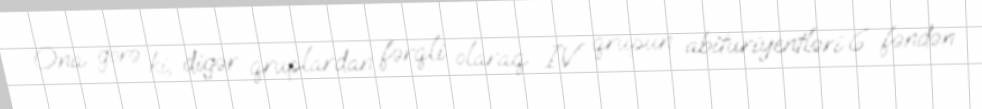
Ona görə ki, digər qruplardan fərqli olaraq IV qrupun abituriyentləri 6 fəndən